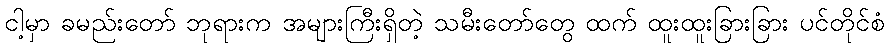
ငါ့မှာ ခမည်းတော် ဘုရားက အများကြီးရှိတဲ့ သမီးတော်တွေ ထက် ထူးထူးခြားခြား ပင်တိုင်စံ